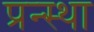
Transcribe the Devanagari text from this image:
प्रन्स्था